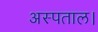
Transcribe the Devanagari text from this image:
अस्पताल।